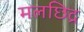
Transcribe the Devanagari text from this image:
मलछिद्र